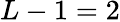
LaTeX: L-1=2